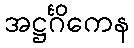
အဋ္ဌင်္ဂိကေန